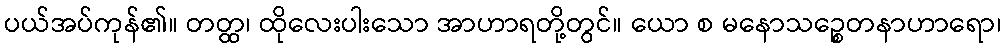
ပယ်အပ်ကုန်၏။ တတ္ထ၊ ထိုလေးပါးသော အာဟာရတို့တွင်။ ယော စ မနောသဉ္စေတနာဟာရော၊